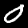
Label: 0